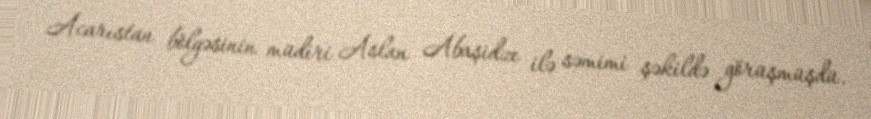
Acarıstan bölgəsinin müdiri Aslan Abaşidze ilə səmimi şəkildə görüşmüşdü.